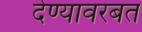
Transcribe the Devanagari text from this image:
देण्यावरबत